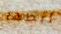
ربطها